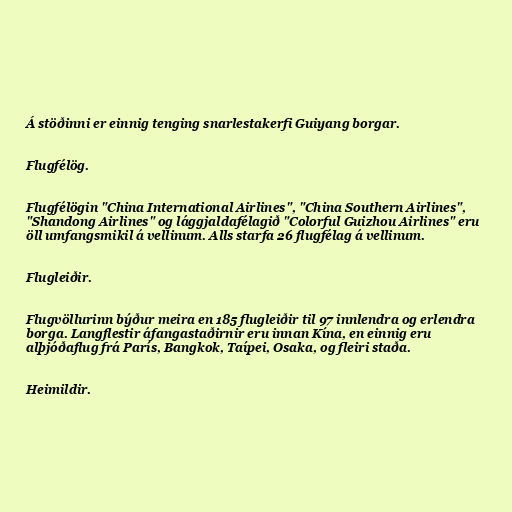
Á stöðinni er einnig tenging snarlestakerfi Guiyang borgar.

Flugfélög.

Flugfélögin "China International Airlines", "China Southern Airlines",
"Shandong Airlines" og lággjaldafélagið "Colorful Guizhou Airlines" eru
öll umfangsmikil á vellinum. Alls starfa 26 flugfélag á vellinum.

Flugleiðir.

Flugvöllurinn býður meira en 185 flugleiðir til 97 innlendra og erlendra
borga. Langflestir áfangastaðirnir eru innan Kína, en einnig eru
alþjóðaflug frá París, Bangkok, Taípei, Osaka, og fleiri staða.

Heimildir.